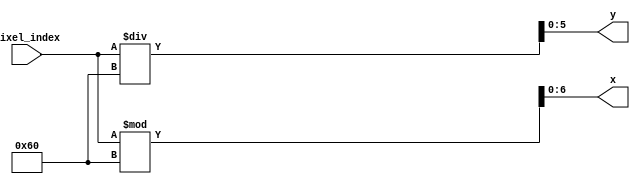
`timescale 1ns / 1ps
//////////////////////////////////////////////////////////////////////////////////
// Company: 
// Engineer: 
// 
// Design Name: 
// Module Name: coordinates
// Project Name: 
// Target Devices: 
// Tool Versions: 
// Description: 
// 
// Dependencies: 
// 
// Revision:
// Revision 0.01 - File Created
// Additional Comments:
// 
//////////////////////////////////////////////////////////////////////////////////


module coordinates(
    input [12:0] pixel_index,
    output [6:0] x,
    output [5:0] y
    );
    
    assign x = pixel_index % 96;
    assign y = pixel_index / 96;
endmodule